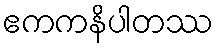
ဧကကနိပါတဿ